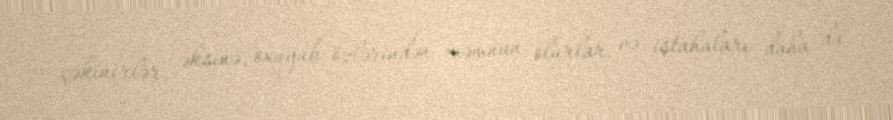
çəkinirlər, əksinə, oxuyub özlərindən məmnun olurlar və iştahaları daha da